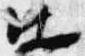
北